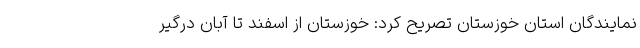
نمایندگان استان خوزستان تصریح کرد: خوزستان از اسفند تا آبان درگیر